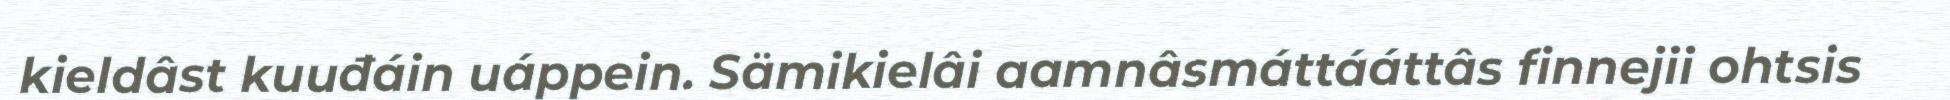
kieldâst kuuđáin uáppein. Sämikielâi aamnâsmáttááttâs finnejii ohtsis